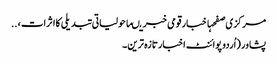
مرکزی صفحہاخبارقومی خبریںماحولیاتی تبدیلی کاا ثرات ، ..
پشاور (اُردو پوائنٹ اخبارتازہ ترین۔